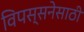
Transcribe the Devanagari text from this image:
विपस्सनेसाठी